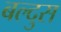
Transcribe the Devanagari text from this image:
बल्दुस